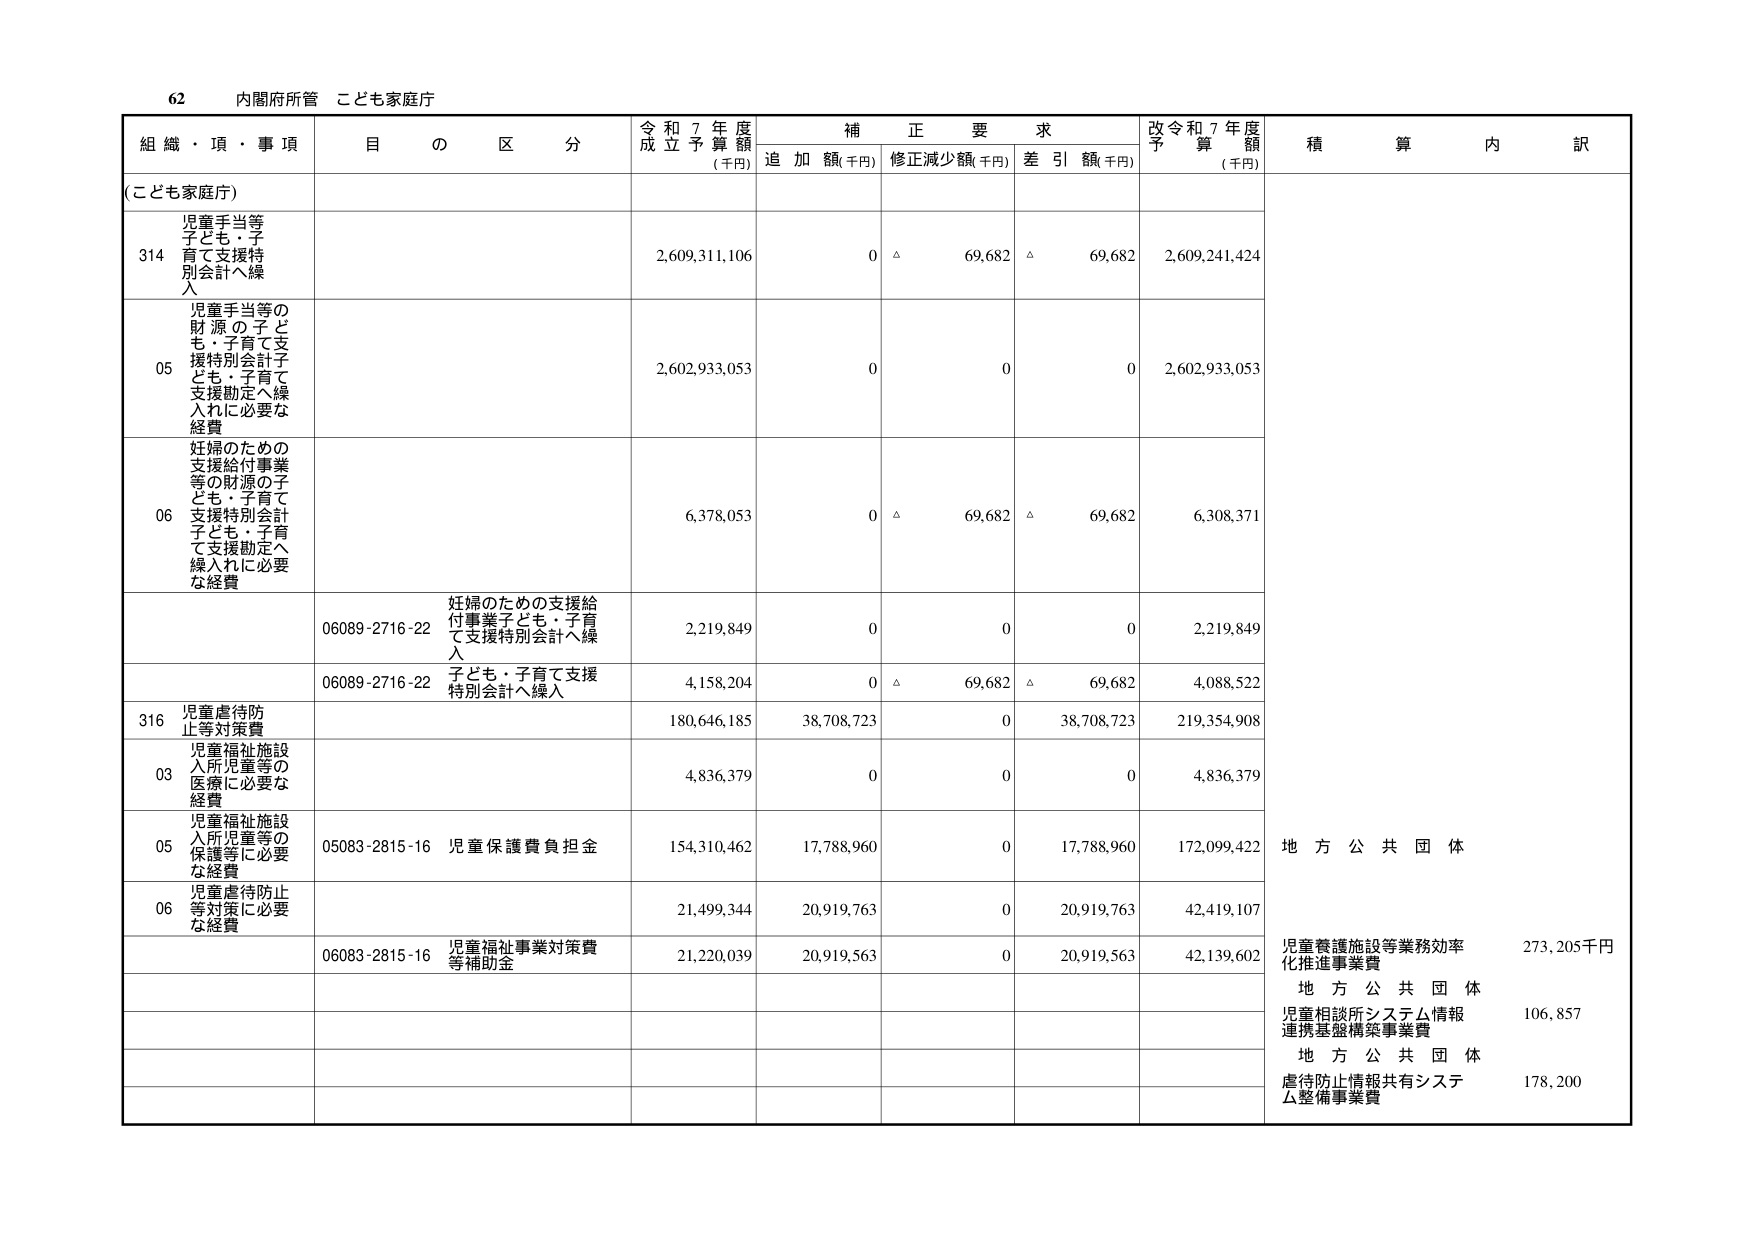
62 内閣府所管 こども家庭庁

組織・項・事項 目の区分 令和7年度成立予算額(千円) 補正要求 追加額(千円) 修正減少額(千円) 差引額(千円) 改令和7年度予算額(千円) 積算内訳

(こども家庭庁)

314 児童手当等子ども・子育て支援特別会計へ繰入 2,609,311,106 0 △ 69,682 △ 69,682 2,609,241,424

05 児童手当等の財源の子ども・子育て支援特別会計子ども・子育て支援勘定へ繰入れに必要な経費 2,602,933,053 0 0 0 2,602,933,053

06 妊婦のための支援給付事業等の財源の子ども・子育て支援特別会計子ども・子育て支援勘定へ繰入れに必要な経費 6,378,053 0 △ 69,682 △ 69,682 6,308,371

06089-2716-22 妊婦のための支援給付事業子ども・子育て支援特別会計へ繰入 2,219,849 0 0 0 2,219,849

06089-2716-22 子ども・子育て支援特別会計へ繰入 4,158,204 0 △ 69,682 △ 69,682 4,088,522

316 児童虐待防止等対策費 180,646,185 38,708,723 0 38,708,723 219,354,908

03 児童福祉施設入所児童等の医療に必要な経費 4,836,379 0 0 0 4,836,379

05 児童福祉施設入所児童等の保護等に必要な経費 05083-2815-16 児童保護費負担金 154,310,462 17,788,960 0 17,788,960 172,099,422 地方公共団体

06 児童虐待防止等対策に必要な経費 21,499,344 20,919,763 0 20,919,763 42,419,107

06083-2815-16 児童福祉事業対策費等補助金 21,220,039 20,919,563 0 20,919,563 42,139,602 児童養護施設等業務効率化推進事業費 273,205千円

地方公共団体 児童相談所システム情報連携基盤構築事業費 106,857

地方公共団体 虐待防止情報共有システム整備事業費 178,200